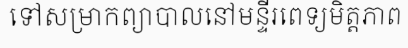
ទៅសម្រាកព្យាបាលនៅមន្ទីរពេទ្យមិត្តភាព